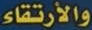
والأرتقاء